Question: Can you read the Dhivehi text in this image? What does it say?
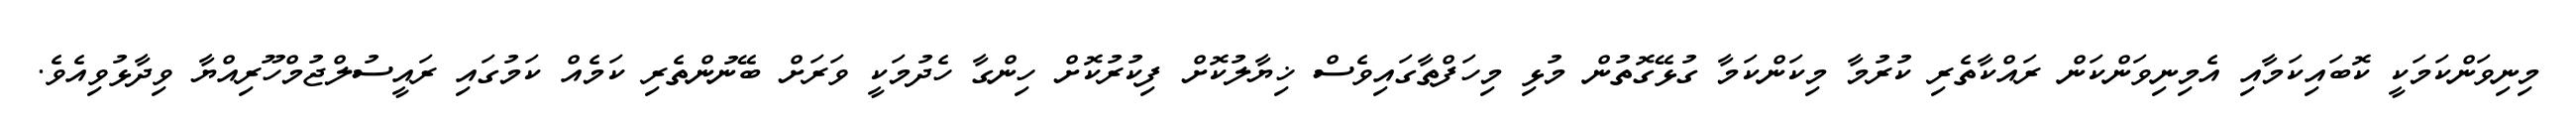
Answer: މިނިވަންކަމަކީ ކޮބައިކަމާއި އެމިނިވަންކަން ރައްކާތެރި ކުރުމާ މިކަންކަމާ ގުޅޭގޮތުން މުޅި މިހަފްތާގައިވެސް ޚިޔާލުކޮށް ފިކުރުކޮށް ހިންގާ ހެދުމަކީ ވަރަށް ބޭނުންތެރި ކަމެއް ކަމުގައި ރައީސުލްޖުމްހޫރިއްޔާ ވިދާޅުވިއެވެ.